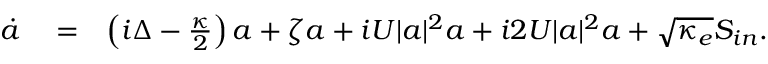
\begin{array} { r l r } { \dot { a } } & { { } = } & { \left( i \Delta - \frac { \kappa } { 2 } \right) a + \zeta a + i U | a | ^ { 2 } a + i 2 U | a | ^ { 2 } a + \sqrt { \kappa _ { e } } S _ { i n } . } \end{array}